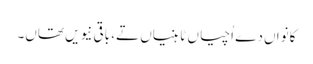
کانواں دے اُچیاں ٹاہنیاں تے، باقی نیویں تھاں۔